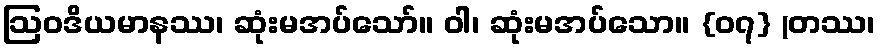
ဩဝဒိယမာနဿ၊ ဆုံးမအပ်သော်။ ဝါ၊ ဆုံးမအပ်သော။ {၀၇} (တဿ၊